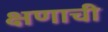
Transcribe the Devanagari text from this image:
क्षणाची